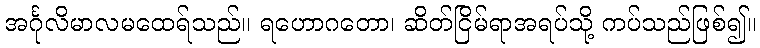
အင်္ဂုလိမာလမထေရ်သည်။ ရဟောဂတော၊ ဆိတ်ငြိမ်ရာအရပ်သို့ ကပ်သည်ဖြစ်၍။